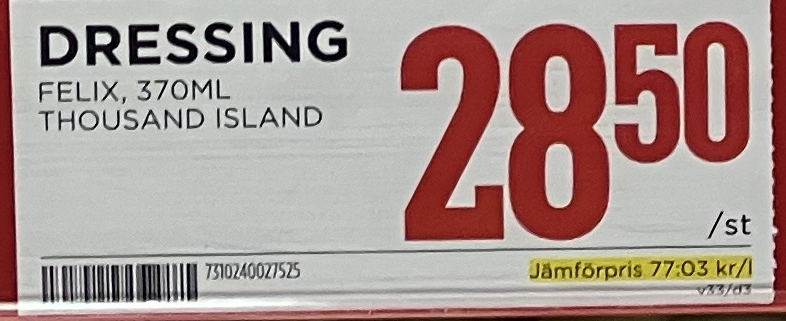
Vara: Dressing
Genomsnittspris: 77.03 per L